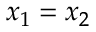
x _ { 1 } = x _ { 2 }